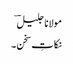
مولانا جلیل ؔ
نکاتِ سخن ۔